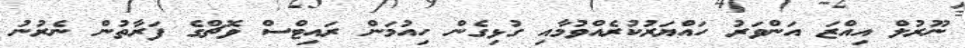
ނޫރުލް އިއްޒަ އަންވަރު ހައްޔަރުކުރެއްވުމާއި ގުޅިގެން ހިއުމަން ރައިޓްސް ވޮޗްގެ ފަރާތުން ނެރުނު